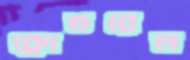
ক্লোভরেল